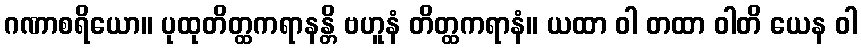
ဂဏာစရိယော။ ပုထုတိတ္ထကရာနန္တိ ဗဟူနံ တိတ္ထကရာနံ။ ယထာ ဝါ တထာ ဝါတိ ယေန ဝါ